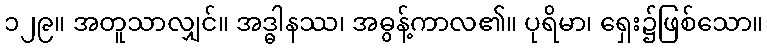
၁၂၉။ အတူသာလျှင်။ အဒ္ဓါနဿ၊ အဓွန့်ကာလ၏။ ပုရိမာ၊ ရှေး၌ဖြစ်သော။